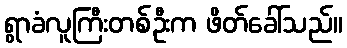
ရွာခံလူကြီးတစ်ဦးက ဖိတ်ခေါ်သည်။